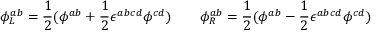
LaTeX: \phi _ { L } ^ { a b } = \frac 1 2 ( \phi ^ { a b } + \frac 1 2 \epsilon ^ { a b c d } \phi ^ { c d } ) \quad \quad \phi _ { R } ^ { a b } = \frac 1 2 ( \phi ^ { a b } - \frac 1 2 \epsilon ^ { a b c d } \phi ^ { c d } )